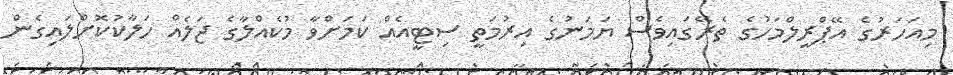
މިއަހަރުގެ އޭޕްރީލްމަހުގެ ތެރޭގައިވެސް ޔަމަނުގެ އިރުމަތީ ސިޓީއެއް ކަމަށްވާ މުކެއްލާގެ ޖަލެއް ހަލާކުކޮށްލައިގެން